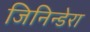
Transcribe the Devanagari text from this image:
जिनिन्डेरा